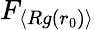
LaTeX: F_{\left\langle Rg(r_{0})\right\rangle}